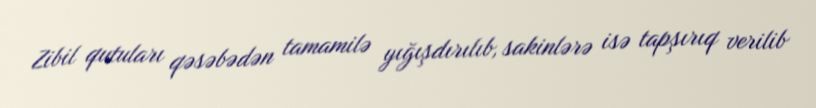
Zibil qutuları qəsəbədən tamamilə yığışdırılıb, sakinlərə isə tapşırıq verilib